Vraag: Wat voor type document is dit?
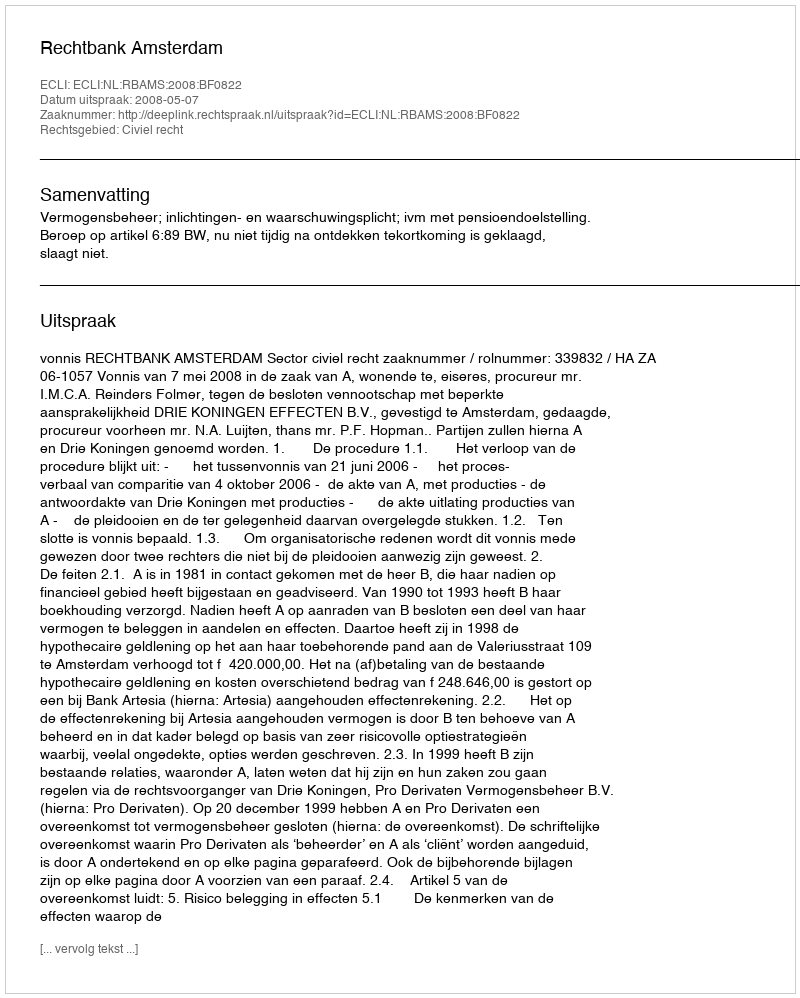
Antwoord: Uitspraak